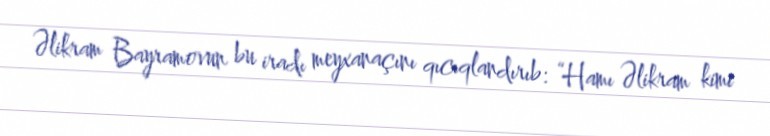
Əlikram Bayramovun bu iradı meyxanaçını qıcıqlandırıb: “Hamı Əlikram kimi